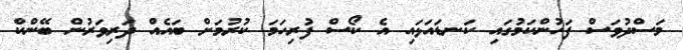
މަސްދުވަސް ފަހުންކަމުގައި ކަނޑައަޅައި އެ ކޯސް ފުރިހަމަ ކުރުމަށް ބައެއް ދަރިވަރުން ބޭންކް